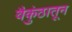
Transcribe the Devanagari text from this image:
वैकुंठातून